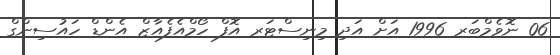
06 ނޮވެމްބަރ 1996 އަށް އަދި މިނިސްޓަރ އޮފް ހޯމްއެފެއާޒް އެންޑް ހައުސިންގް